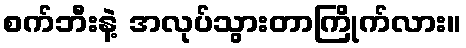
စက်ဘီးနဲ့ အလုပ်သွားတာကြိုက်လား။